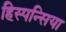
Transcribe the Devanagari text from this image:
हिस्पन्सिया